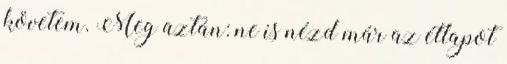
követem. Meg aztán: ne is nézd már az étlapot